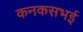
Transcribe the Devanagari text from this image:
कनकसभई